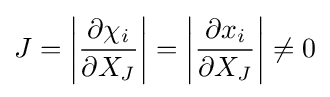
J=\left|{\frac {\partial \chi _{i}}{\partial X_{J}}}\right|=\left|{\frac {\partial x_{i}}{\partial X_{J}}}\right|\neq 0